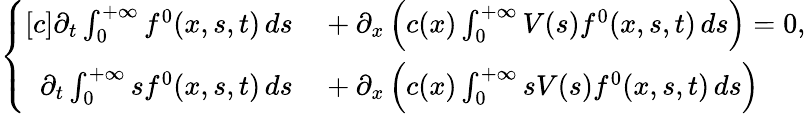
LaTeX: \begin{array}{r}{\left\{ \begin{array}{rl}{[c]\partial_{t}\int_{0}^{+\infty}f^{0}(x,s,t)\, ds}&{{}+\partial_{x}\left(c(x)\int_{0}^{+\infty}V(s)f^{0}(x,s,t)\, ds\right)=0,}\\ {\partial_{t}\int_{0}^{+\infty}sf^{0}(x,s,t)\, ds}&{{}+\partial_{x}\left(c(x)\int_{0}^{+\infty}sV(s)f^{0}(x,s,t)\, ds\right)}\end{array}\right.}\end{array}